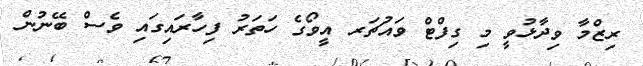
ރިޒްމާ ވިދާޅުވީ މި ގިފްޓް ވައުޗަރ އީވޯގެ ހަތަރު ފިހާރައިގައި ވެސް ބޭނުން